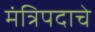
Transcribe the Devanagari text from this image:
मंत्रिपदाचे